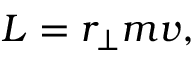
L = r _ { \perp } m v ,